State Department UAP Cable 5, Mexico, September 16, 2003
Agency: Department of State
Incident date: 9/12/03
Incident location: Mexico
Page 3
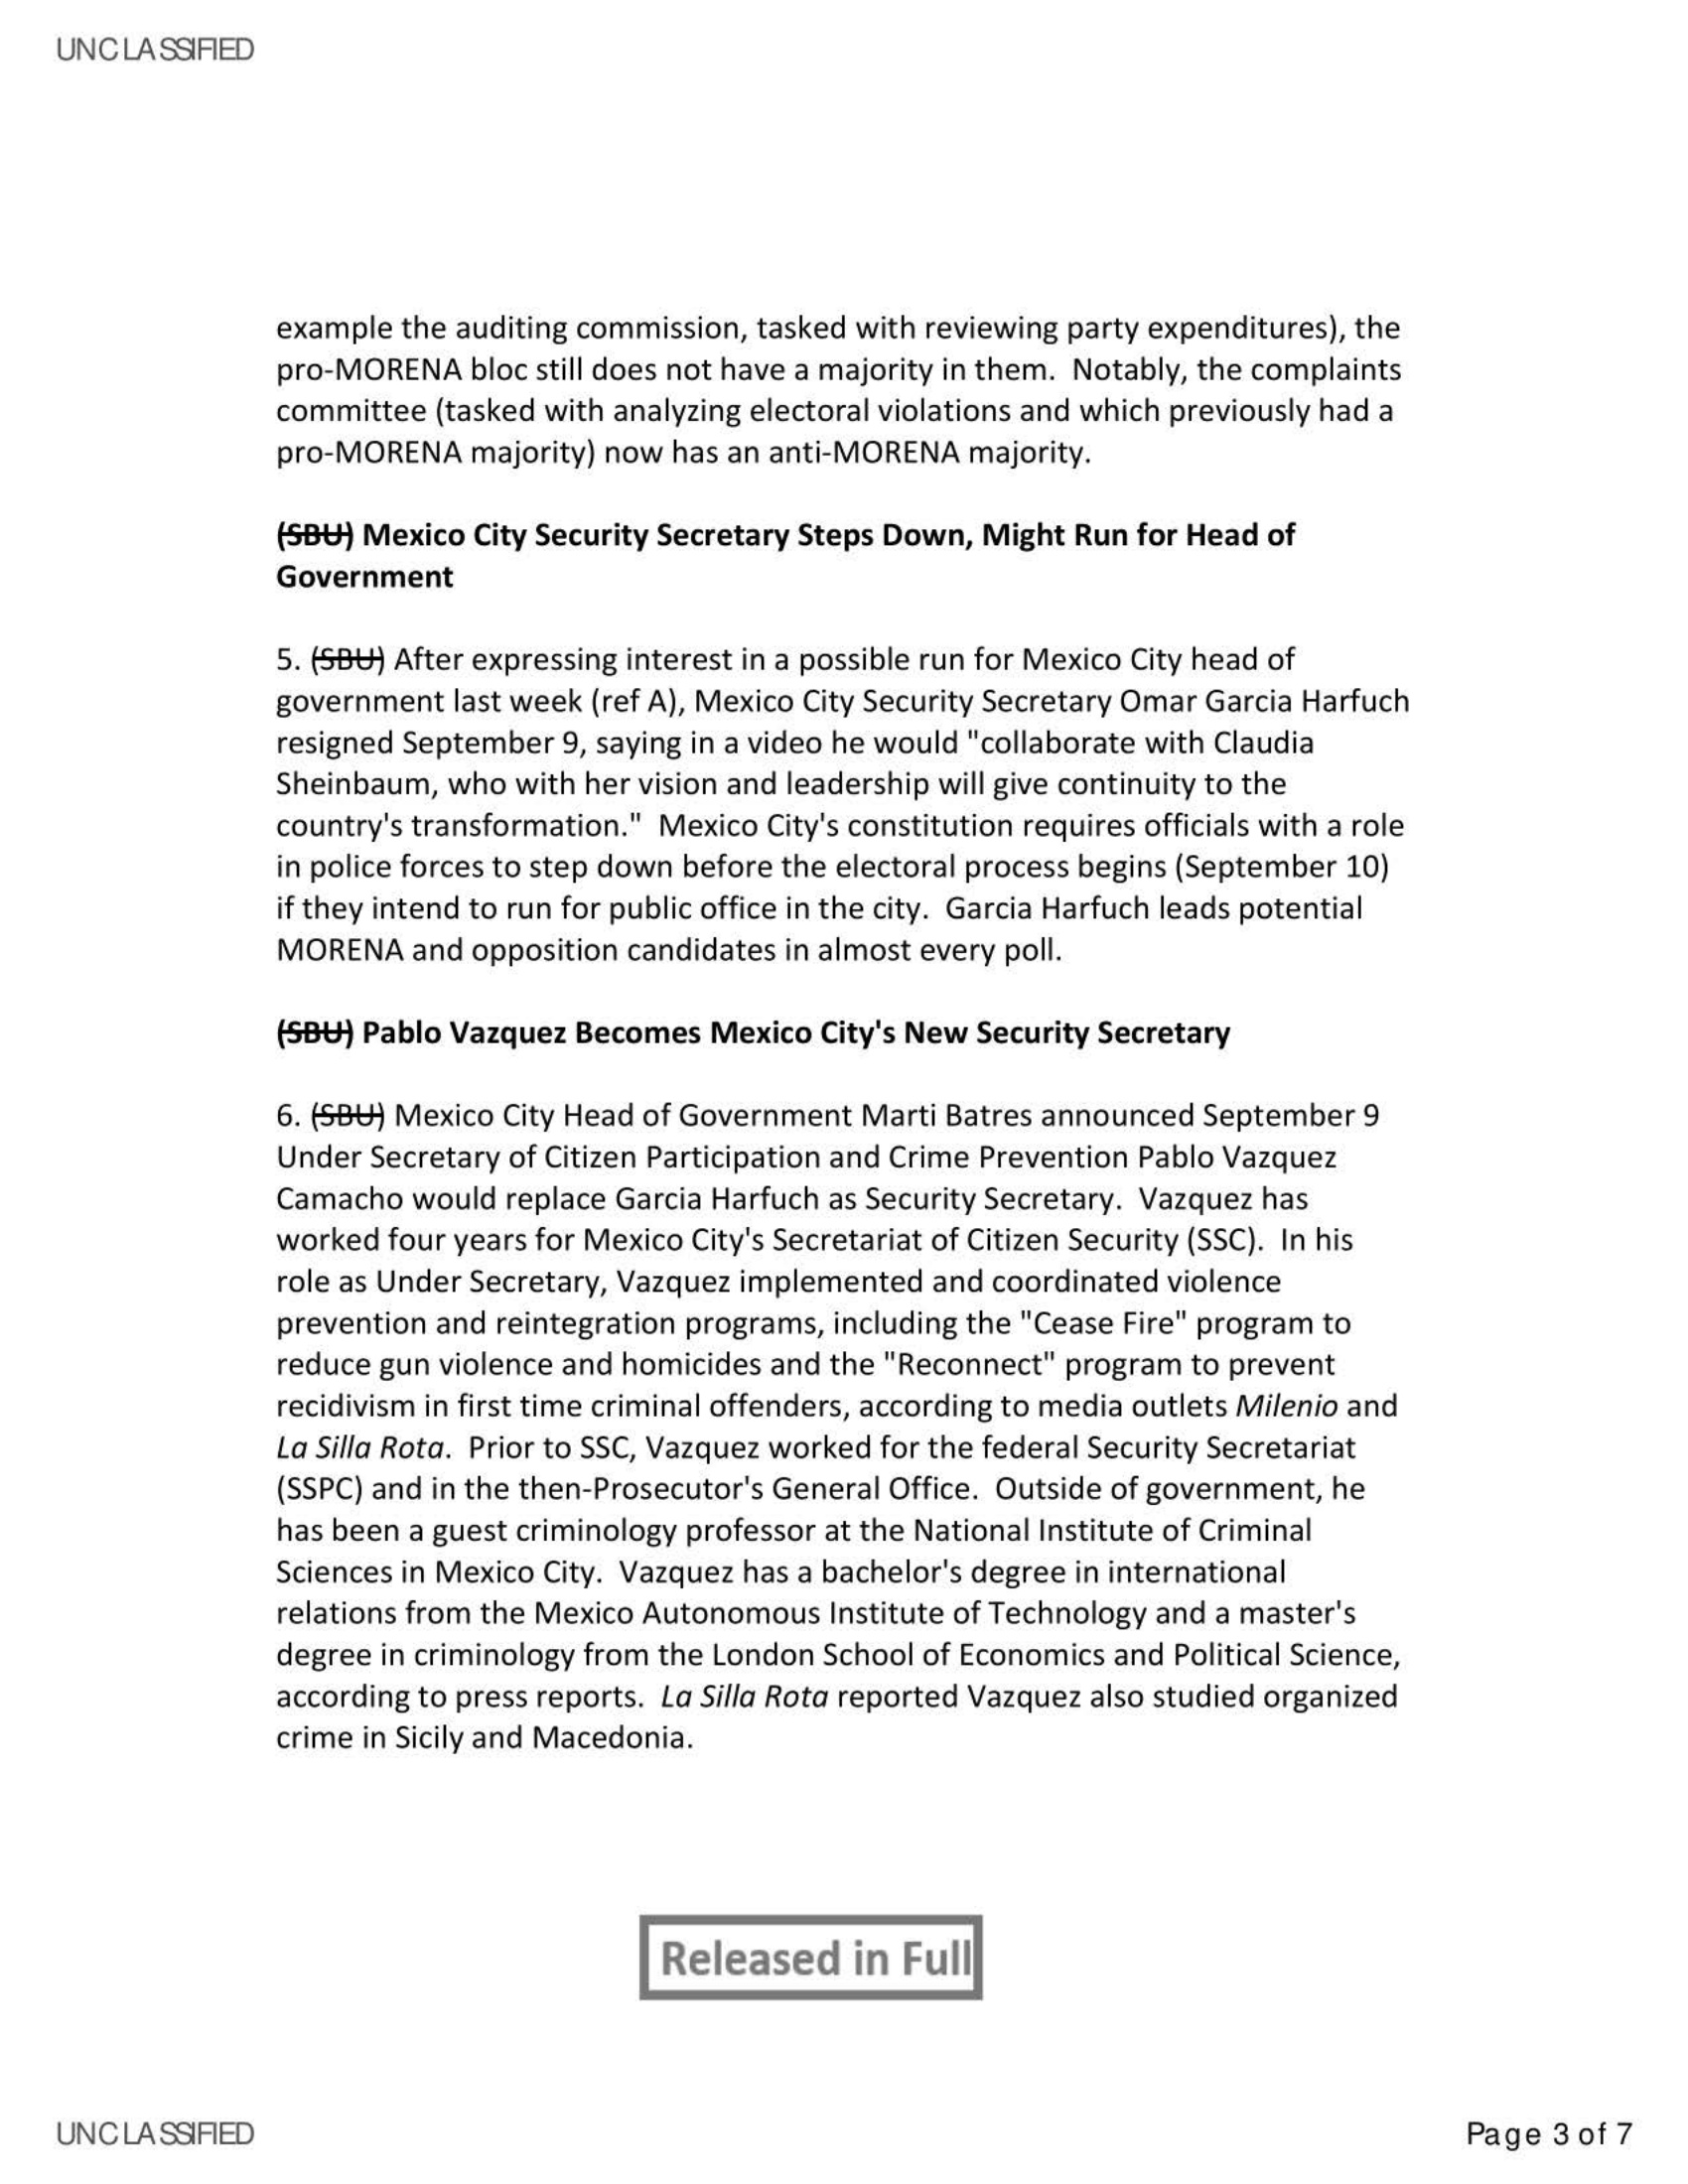